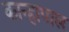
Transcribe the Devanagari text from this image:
कान्हापाल